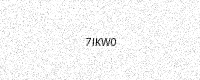
Text: 7IKW0